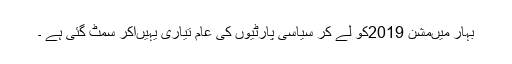
بہار میںمشن 2019کو لے کر سیاسی پارٹیوں کی عام تیاری یہیںآکر سمٹ گئی ہے ۔